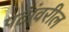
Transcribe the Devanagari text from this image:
पटांवरील